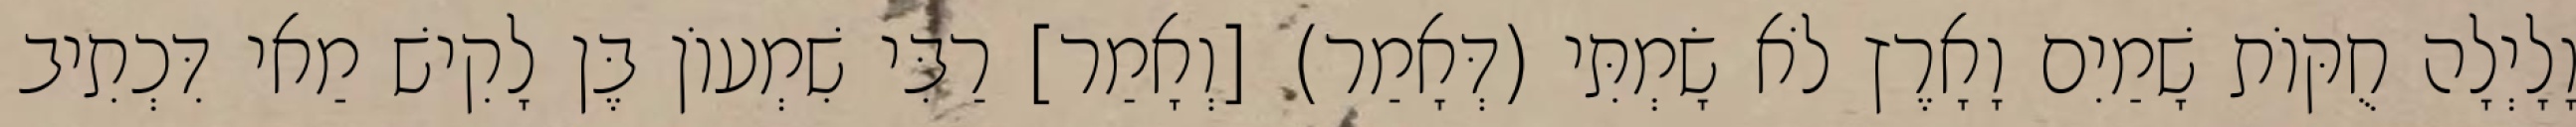
וָלָיְלָה חֻקּוֹת שָׁמַיִם וָאָרֶץ לֹא שָׂמְתִּי (דְּאָמַר) [וְאָמַר] רַבִּי שִׁמְעוֹן בֶּן לָקִישׁ מַאי דִּכְתִיב